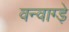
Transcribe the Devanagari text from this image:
वन्वाग्ड़े